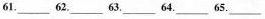
61.___ 62.___ 63.___ 64.___ 65.___